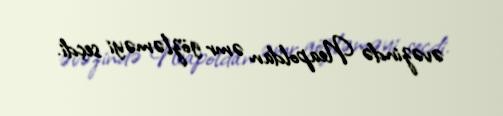
əvəzində Neapoldan əmr gözləməyi seçdi.